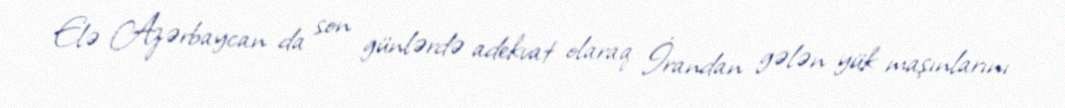
Elə Azərbaycan da son günlərdə adekvat olaraq İrandan gələn yük maşınlarını